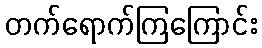
တက်ရောက်ကြကြောင်း